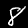
Label: 8